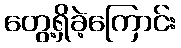
တွေ့ရှိခဲ့ကြောင်း